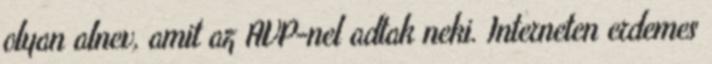
olyan alnev, amit az AVP-nel adtak neki. Interneten erdemes